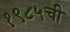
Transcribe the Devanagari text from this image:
१९८५ची